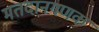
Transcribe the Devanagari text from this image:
मतदानगणक